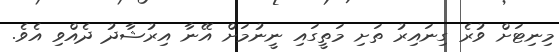
މިނިޓަށް ވުރެ ގިނައިރު ތަށި މަތީގައި ނީނުމަށް އޭނާ އިރުޝާދު ދެއްވި އެވެ.